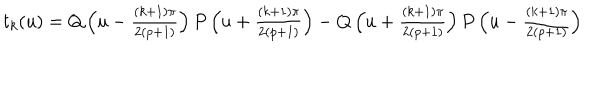
LaTeX: t _ { k } ( u ) = Q \left( \textstyle u - \frac { ( k + 1 ) \pi } { 2 ( p + 1 ) } \right) P \left( \textstyle u + \frac { ( k + 1 ) \pi } { 2 ( p + 1 ) } \right) - Q \left( \textstyle u + \frac { ( k + 1 ) \pi } { 2 ( p + 1 ) } \right) P \left( \textstyle u - \frac { ( k + 1 ) \pi } { 2 ( p + 1 ) } \right)